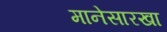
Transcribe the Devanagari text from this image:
मानेसारखा